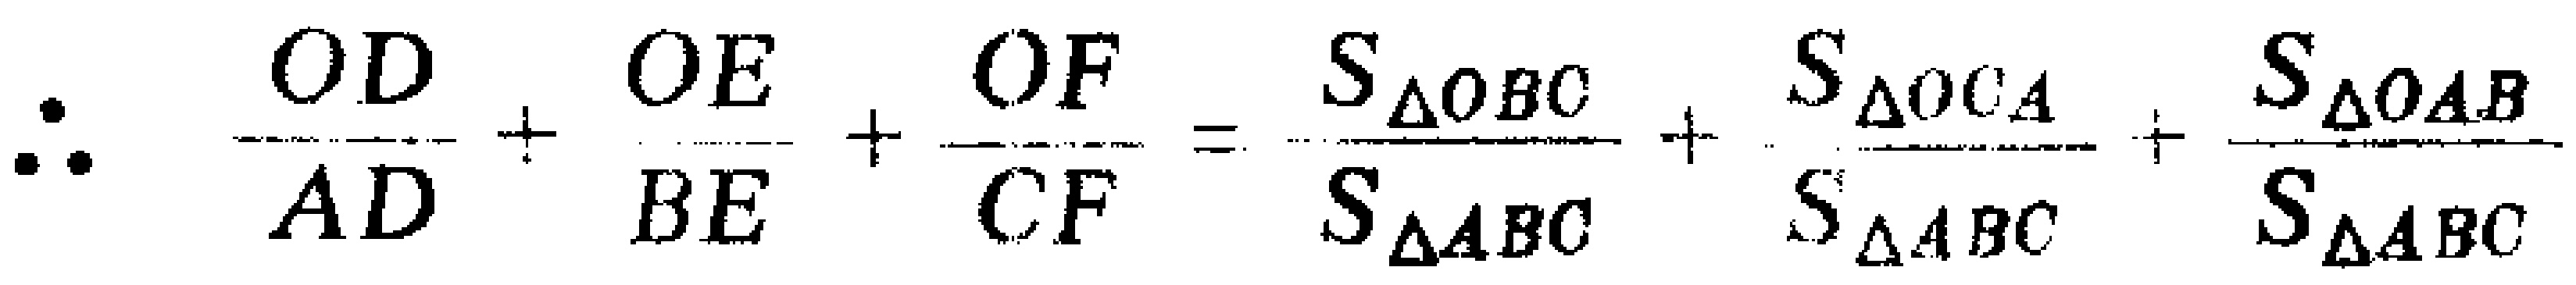
\(\therefore \frac{OD}{AD}+\frac{OE}{BE}+\frac{OF}{CF}=\frac{S_{\triangle OBC}}{S_{\triangle ABC}}+\frac{S_{\triangle OCA}}{S_{\triangle ABC}}+\frac{S_{\triangle OAB}}{S_{\triangle ABC}}\)